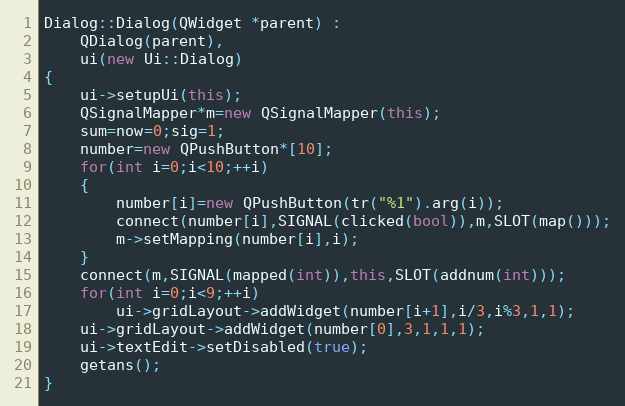
Language: C++
Dialog::Dialog(QWidget *parent) :
    QDialog(parent),
    ui(new Ui::Dialog)
{
    ui->setupUi(this);
    QSignalMapper*m=new QSignalMapper(this);
    sum=now=0;sig=1;
    number=new QPushButton*[10];
    for(int i=0;i<10;++i)
    {
        number[i]=new QPushButton(tr("%1").arg(i));
        connect(number[i],SIGNAL(clicked(bool)),m,SLOT(map()));
        m->setMapping(number[i],i);
    }
    connect(m,SIGNAL(mapped(int)),this,SLOT(addnum(int)));
    for(int i=0;i<9;++i)
        ui->gridLayout->addWidget(number[i+1],i/3,i%3,1,1);
    ui->gridLayout->addWidget(number[0],3,1,1,1);
    ui->textEdit->setDisabled(true);
    getans();
}